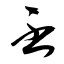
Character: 丕